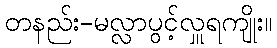
တနည်း-မလ္လာပွင့်လှူရကျိုး။